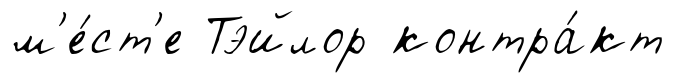
м'е́ст'е Тэйлор контра́кт